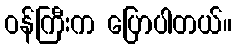
ဝန်ကြီးက ပြောပါတယ်။